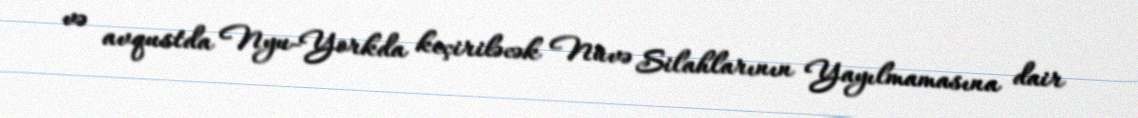
və avqustda Nyu-Yorkda keçiriləcək Nüvə Silahlarının Yayılmamasına dair